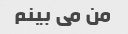
من می بینم